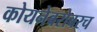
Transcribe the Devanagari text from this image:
कोयनेबरोबरच